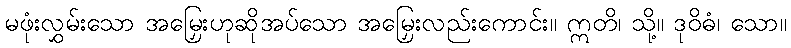
မဖုံးလွှမ်းသော အမြှေးဟုဆိုအပ်သော အမြှေးလည်းကောင်း။ ဣတိ၊ သို့။ ဒုဝိဓံ၊ သော။